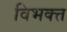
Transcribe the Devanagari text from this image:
विभक्त्त